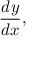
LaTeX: { \frac { d y } { d x } } ,